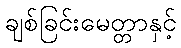
ချစ်ခြင်းမေတ္တာနှင့်